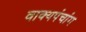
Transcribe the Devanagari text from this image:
वाक्यपंचांग